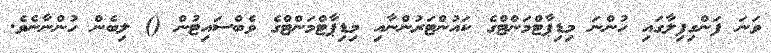
ވަނަ ފަންގިފިލާގައި ހުންނަ މިޑިޕާޓްމަންޓްގެ ކައުންޓަރުންނާއި މިޑިޕާޓްމަންޓްގެ ވެބްސައިޓުން () ލިބެން ހުންނާނެވެ.